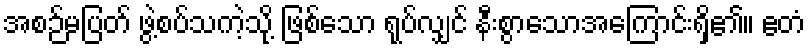
အစဉ်မပြတ် ဖွဲ့စပ်သကဲ့သို့ ဖြစ်သော ရုပ်လျှင် နီးစွာသောအကြောင်းရှိ၏။ ဧတံ